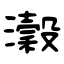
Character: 瀔